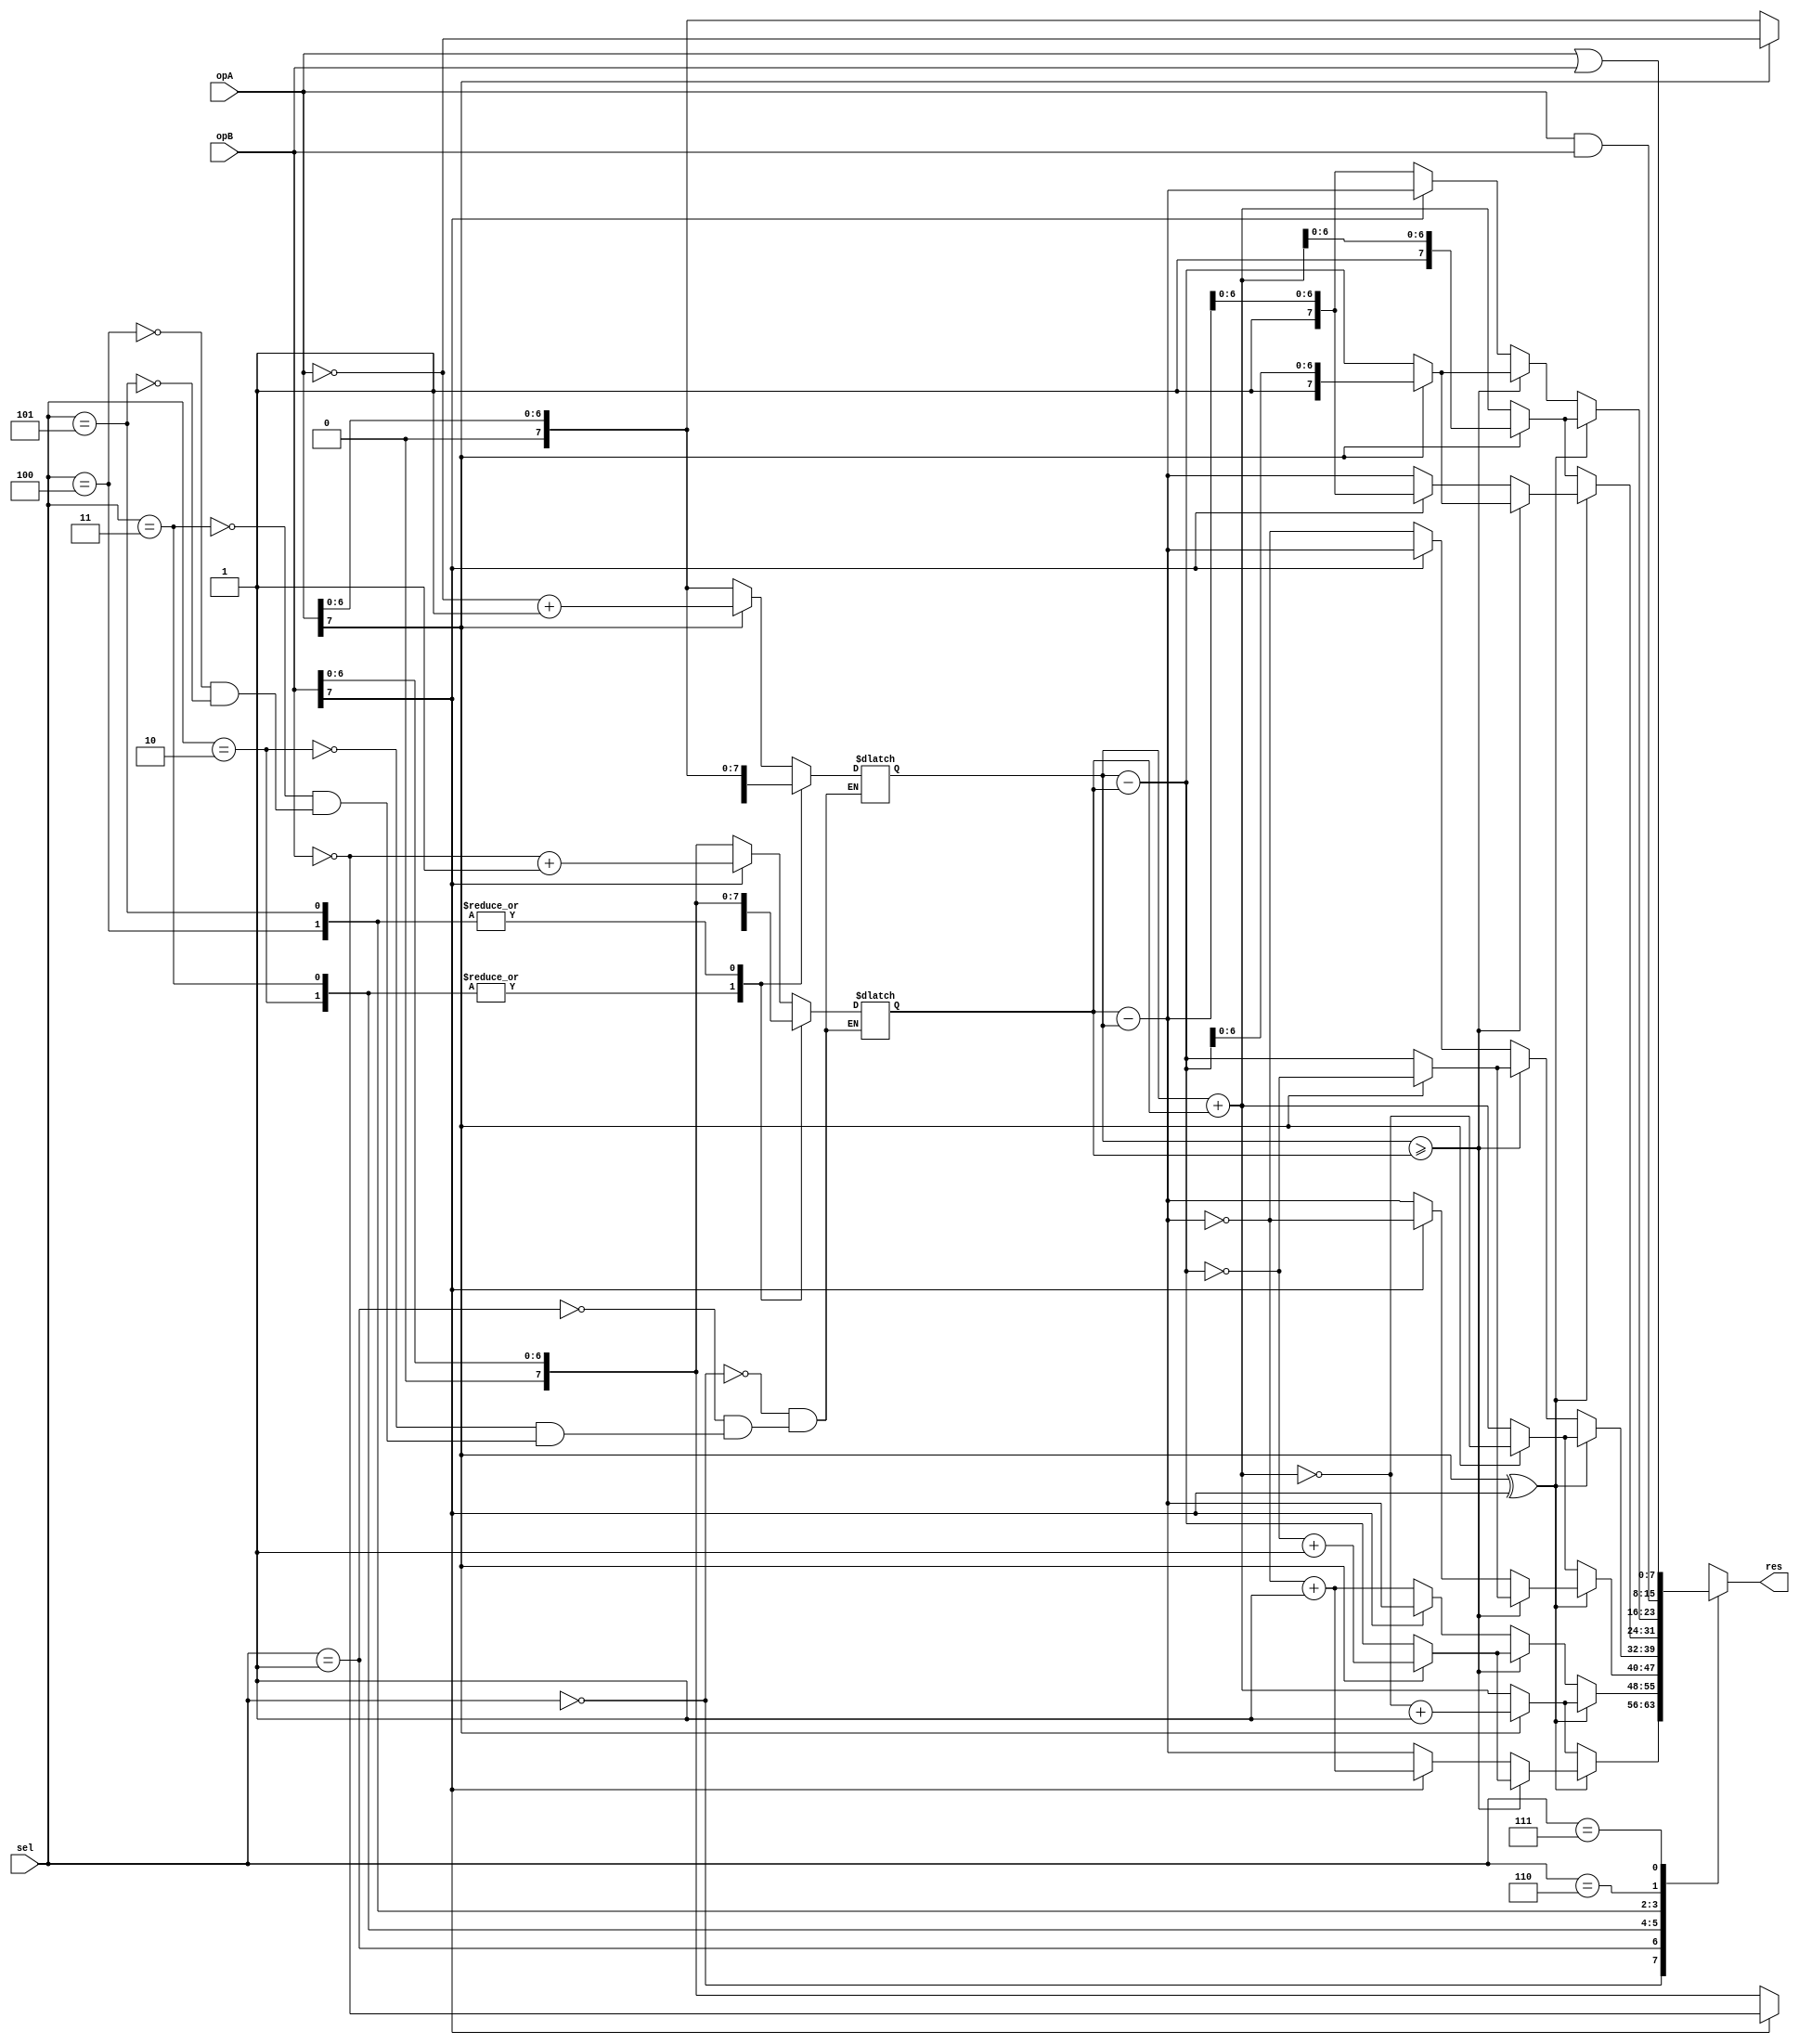
`timescale 1ns/1ps

module alu(opA, opB, sel, res);
	input [7:0] opA, opB;
	input [2:0] sel;
	output reg [7:0] res;
	reg [7:0] res_temp;
	reg [7:0] opA_mag;
	reg [7:0] opB_mag;	
	reg temp;

	always @ (*) begin
		case (sel)
			3'b000: begin
				// magnitude for 2's complement
				opA_mag = (opA[7] == 1'b1) ? (~opA + 1) : opA;
				opB_mag = (opB[7] == 1'b1) ? (~opB + 1) : opB;
			end
			3'b001: begin
				// magnitude for 2's complement
				opA_mag = (opA[7] == 1'b1) ? (~opA + 1) : opA;
				opB_mag = (opB[7] == 1'b1) ? (~opB + 1) : opB;
			end
			3'b010: begin
				// magnitude for 1's complement
				opA_mag = (opA[7] == 1'b1) ? (~opA) : opA;
				opB_mag = (opB[7] == 1'b1) ? (~opB) : opB;
			end
			3'b011: begin
				// magnitude for 1's complement
				opA_mag = (opA[7] == 1'b1) ? (~opA) : opA;
				opB_mag = (opB[7] == 1'b1) ? (~opB) : opB;
			end
			3'b100: begin
				// magnitude for signed magnitude
				opA_mag = (opA[7] == 1'b1) ? {1'b0, opA[6:0]} : opA;
				opB_mag = (opB[7] == 1'b1) ? {1'b0, opB[6:0]} : opB;
			end
			3'b101: begin
				// magnitude for signed magnitude
				opA_mag = (opA[7] == 1'b1) ? {1'b0, opA[6:0]} : opA;
				opB_mag = (opB[7] == 1'b1) ? {1'b0, opB[6:0]} : opB;
			end
		endcase
	end

	always @ (*) begin
		case (sel)
			// 2's complement addition
			3'b000: begin
				if (opA[7] ^ opB[7]) begin
					if (opA_mag >= opB_mag) begin
						res_temp = opA_mag - opB_mag;
						res = (opA[7] == 1'b1) ? (~res_temp + 1) : res_temp;
					end else begin
						res_temp = opB_mag - opA_mag;
						res = (opB[7] == 1'b1) ? (~res_temp + 1) : res_temp;
					end

				end
				// if same signs, add 
				else begin
					res_temp = opA_mag + opB_mag;
					res = (opA[7] == 1'b1) ? (~res_temp + 1) : res_temp;
				end // end if
			end // end opt-case
			
			// 2's complement subtraction
			3'b001: begin
				// if same signs, subtract
				if (!(opA[7] ^ opB[7])) begin
					if (opA_mag >= opB_mag) begin
						res_temp = opA_mag - opB_mag;
						res = (opA[7] == 1'b1) ? (~res_temp + 1) : res_temp;
					end else begin
						res_temp = opB_mag - opA_mag;
						res = (opB[7] == 1'b0) ? (~res_temp + 1) : res_temp;
					end
				end 
				// if different signs, add
				else begin
					res_temp = opA_mag + opB_mag;
					res = (opA[7] == 1'b1) ? (~res_temp + 1) : res_temp;
				end // end if
			end	// end opt-case

			// 1's complement addition
			3'b010: begin
				// if different signs, subtract
				if (opA[7] ^ opB[7]) begin
					if (opA_mag >= opB_mag) begin
						res_temp = opA_mag - opB_mag;
						res = (opA[7] == 1'b1) ? (~res_temp) : res_temp;
					end else begin
						res_temp = opB_mag - opA_mag;
						res = (opB[7] == 1'b1) ? (~res_temp) : res_temp;
					end
				end
				// if same signs, add
				else begin
					res_temp = opA_mag + opB_mag;
					res = (opA[7] == 1'b1) ? (~res_temp) : res_temp;
				end
			end

			// 1's complement subtraction
			3'b011: begin
				// if same signs, subtract
				if (!(opA[7] ^ opB[7])) begin
					if (opA_mag >= opB_mag) begin
						res_temp = opA_mag - opB_mag;
						res = (opA[7] == 1'b1) ? (~res_temp) : res_temp;
					end else begin
						res_temp = opB_mag - opA_mag;
						res = (opB[7] == 1'b0) ? (~res_temp) : res_temp;
					end
				end
				// if different signs, add
				else begin
					res_temp = opA_mag + opB_mag;
					res = (opA[7] == 1'b1) ? (~res_temp) : res_temp;
				end
			end

			// sign-magnitude addition
			3'b100: begin
				// if different signs, subtract
				if (opA[7] ^ opB[7]) begin
					if (opA_mag >= opB_mag) begin
						res_temp = opA_mag - opB_mag;
						res = (opA[7] == 1'b1) ? {1'b1, res_temp[6:0]} : res_temp;
					end else begin
						res_temp = opB_mag - opA_mag;
						res = (opB[7] == 1'b1) ? {1'b1, res_temp[6:0]} : res_temp;
					end
				end
				// if same signs, add
				else begin
					res_temp = opA_mag + opB_mag;
					res = (opA[7] == 1'b1) ? {1'b1, res_temp[6:0]} : res_temp;
				end
			end

			// sign-magnitude subtraction
			3'b101: begin
				// if same signs, subtract
				if (!(opA[7] ^ opB[7])) begin
					if (opA_mag >= opB_mag) begin
						res_temp = opA_mag - opB_mag;
						res = (opA[7] == 1'b1) ? {1'b1, res_temp[6:0]} : res_temp;
					end else begin
						res_temp = opB_mag - opA_mag;
						// because of (-) sign in front of opB
						res = (opB[7] == 1'b0) ? {1'b1, res_temp[6:0]} : res_temp;
					end
				end
				// if different signs, add
				else begin
					res_temp = opA_mag + opB_mag;
					res = (opA[7] == 1'b1) ? {1'b1, res_temp[6:0]} : res_temp;
				end
			end

			3'b110: begin
				res = opA & opB;
			end

			3'b111: begin
				res = opA | opB;
			end
		endcase
		
	end
endmodule